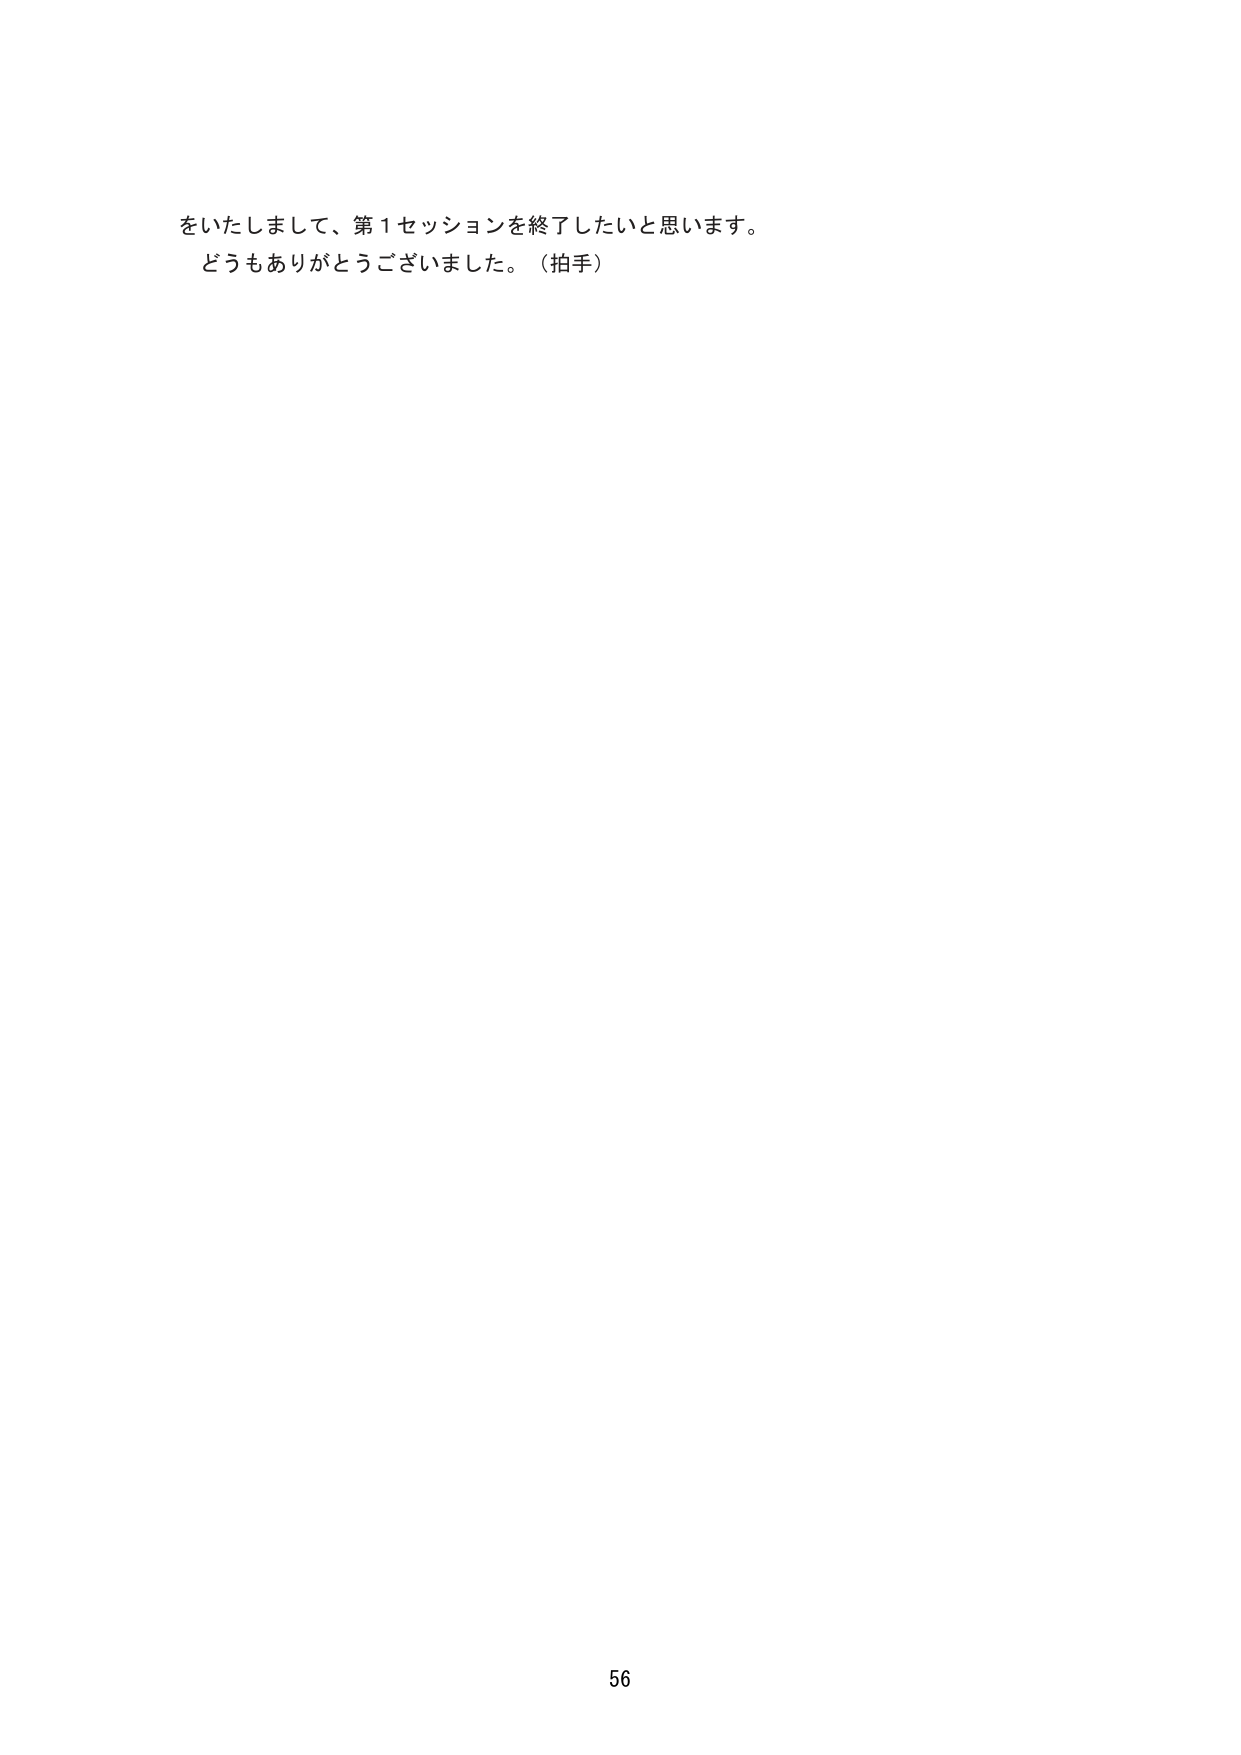
をいたしまして、第1セッションを終了したいと思います。
どうもありがとうございました。（拍手）

56